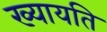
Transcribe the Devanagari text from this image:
ख्यायति